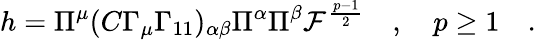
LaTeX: h=\Pi^{\mu}(C\Gamma_{\mu}\Gamma_{11})_{\alpha\beta}\Pi^{\alpha}\Pi^{\beta}{\cal F}^{\frac{p-1}{2}}\quad,\quad p\geq 1\quad.